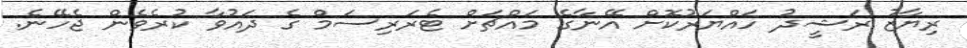
ރިޔާޒު ރަޝީދު ހައްޔަރުކޮށް އޭނާގެ މައްޗަށް ޓެރަރިސަމް ގެ ދައުވާ ކުރެވެން ޖެހޭނެ.